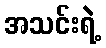
အသင်းရဲ့